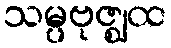
သမ္ပဗုဇ္ဈထ